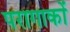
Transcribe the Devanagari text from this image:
परागाकों